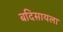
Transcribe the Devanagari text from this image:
बदिसायला